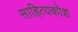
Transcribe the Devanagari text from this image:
साहित्यकोश